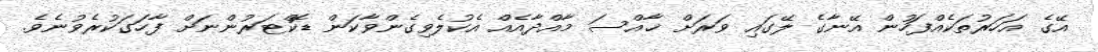
އޭގެ އަހަރުތަކެއްފަހުން އޭނާގެ ލޭގައި ވަރަށް ޚާއްސަ މާއްދާއެއް އެކުލެވިގެންވާކަން ޑޮކްޓަރުންނަށް ފާހަގަކުރެވުނެވެ.